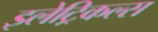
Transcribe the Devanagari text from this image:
इलेट्रिकल्स